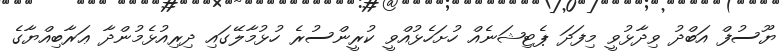
ޔޫސުފް އަބްދު ވިދާޅުވީ މިފަދަ ޕެޓިޝަނެއް ހުށަހެޅުއްވީ ކުރީންސުރެ ހުޅުމާލޭގައި ދިރިއުޅެމުންދާ ޢަރާބިއްޔާގެ